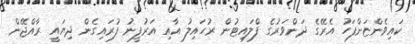
ކައިވެންޏަށްފަހު އެރޭގެ ދަންވަރުގެ ފްލައިޓުން ރުހައިލު އާއި އަރުފީނު ފުރައިގެން ދިޔައީ ރާއްޖޭން